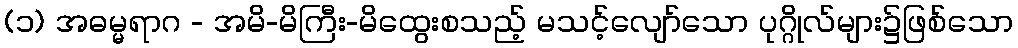
(၁) အဓမ္မရာဂ - အမိ-မိကြီး-မိထွေးစသည့် မသင့်လျော်သော ပုဂ္ဂိုလ်များ၌ဖြစ်သော